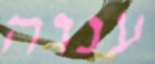
ענוה